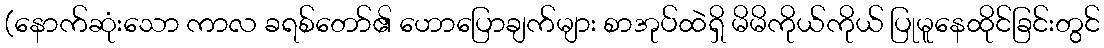
(နောက်ဆုံးသော ကာလ ခရစ်တော်၏ ဟောပြောချက်များ စာအုပ်ထဲရှိ မိမိကိုယ်ကိုယ် ပြုမူနေထိုင်ခြင်းတွင်